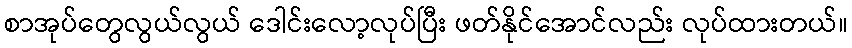
စာအုပ်တွေလွယ်လွယ် ဒေါင်းလော့လုပ်ပြီး ဖတ်နိုင်အောင်လည်း လုပ်ထားတယ်။